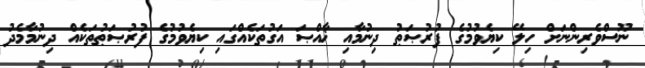
ނޫސްވެރިންނަށް ހިލޭ ކިޔެވުމުގެ ފުރުޞަޠު ދިނުމާއި ޚާއްޞަ އަގުތަކެއްގައި ކިޔެވުމުގެ ފުރުޞަޠުތަކެއް ދިނުމާމެދު